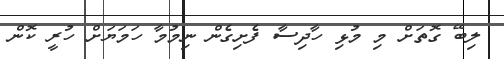
ލިބޭ ގޮތަށް މި މުޅި ހާދިސާ ފެށިގެން ނިމުމާ ހަމަޔަށް ހުރީ ކޮން